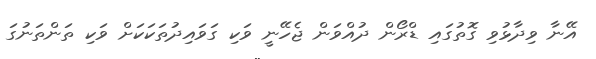
އޭނާ ވިދާޅުވި ގޮތުގައި ޑްރޯން ދުއްވަން ޖެހޭނީ ވަކި ގަވައިދުތަކަކަށް ވަކި ތަންތަނުގަ